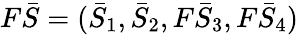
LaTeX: F\bar{S}=(\bar{S}_{1},\bar{S}_{2},F\bar{S}_{3},F\bar{S}_{4})